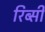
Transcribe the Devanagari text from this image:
रिब्सी